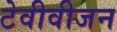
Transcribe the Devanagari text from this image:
टेवीवीजन